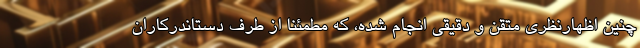
چنین اظهارنظری متقن و دقیقی انجام شده، که مطمئناً از طرف دستاندركاران